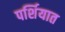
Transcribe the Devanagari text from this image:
पर्शियात